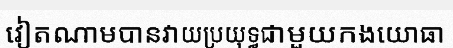
វៀតណាមបានវាយប្រយុទ្ធជាមួយកងយោធា